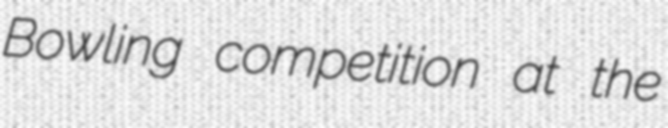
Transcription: Bowling competition at the